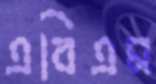
এবিএম